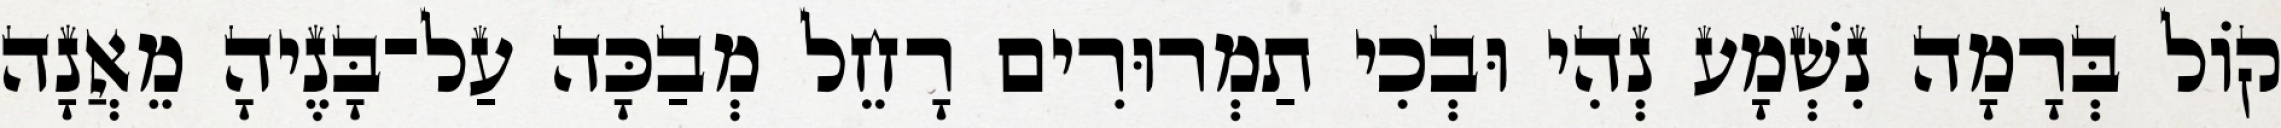
קוֹל בְּרָמָה נִשְׁמָע נְהִי וּבְכִי תַמְרוּרִים רָחֵל מְבַכָּה עַל־בָּנֶיהָ מֵאֲנָה